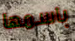
باسمها